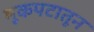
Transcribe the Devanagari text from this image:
मूकपटातून